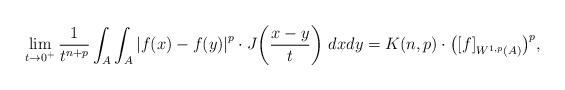
LaTeX: \begin{align*}\lim_{t \to 0^{+}} \frac{1}{t^{n+p}} \int_A \int_A {|f(x) - f(y)|}^p \cdot J \bigg( \frac{x-y}{t} \bigg) \ dxdy = K(n,p) \cdot { \big({[ f]}_{W^{1,p}(A)} \big)}^p,\end{align*}